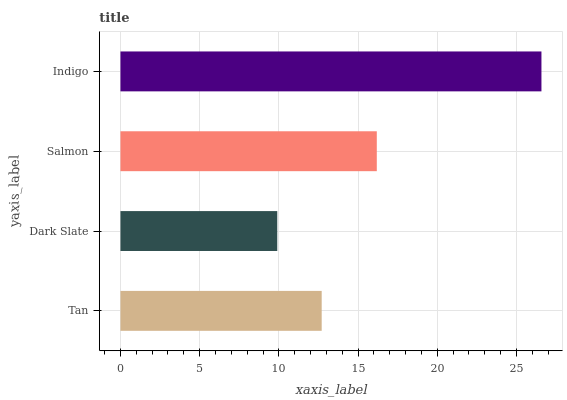
| yaxis_label | bars |
 | --- | --- |
 | Tan | 12.7 |
 | Dark Slate | 9.9 |
 | Salmon | 16.2 |
 | Indigo | 26.6 |